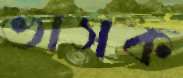
ভাসক